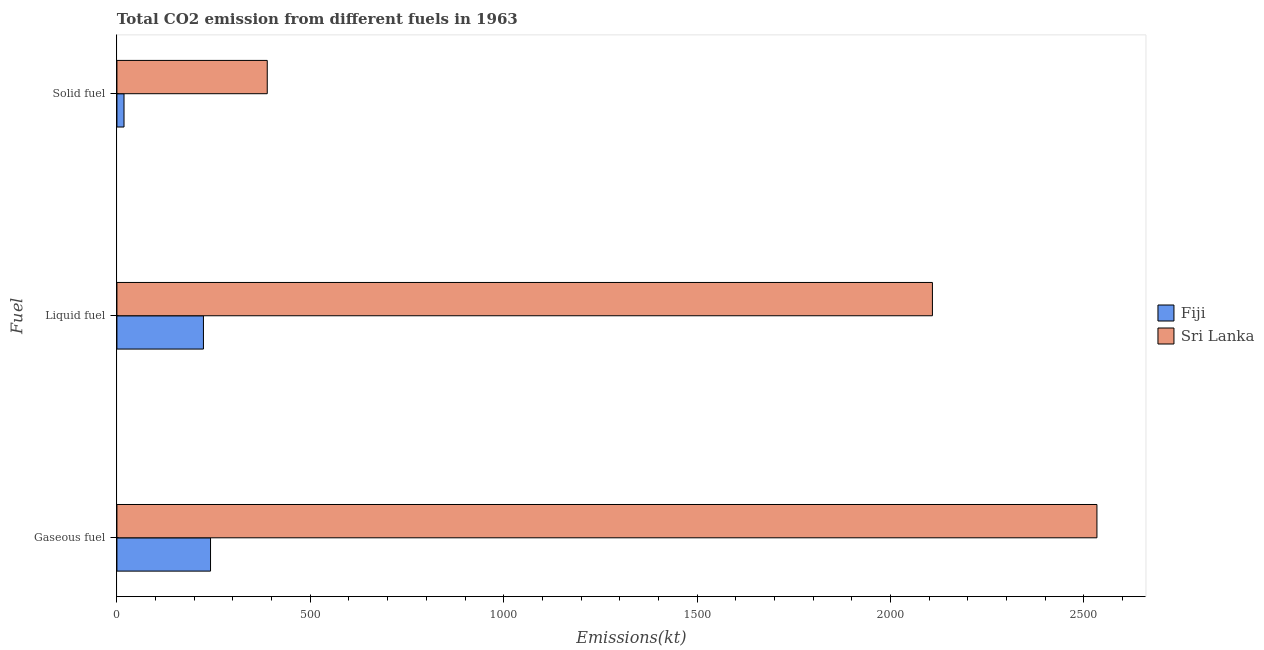
| Fuel | Fiji | Sri Lanka |
 | --- | --- | --- |
 | Gaseous fuel | 242 | 2.53e+03 |
 | Liquid fuel | 224 | 2.11e+03 |
 | Solid fuel | 18.3 | 389 |